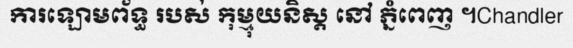
ការឡោមព័ទ្ធ របស់ កុម្មុយនិស្ត នៅ ភ្នំពេញ ។Chandler